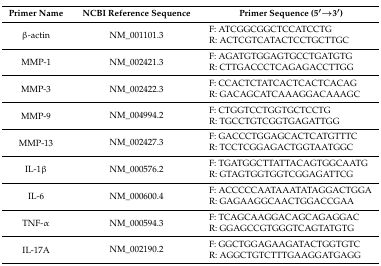
<table><thead><tr><td><b>Primer Name</b></td><td><b>NCBI Reference Sequence</b></td><td><b>Primer Sequence (5′→3′)</b></td></tr></thead><tbody><tr><td rowspan="2">β-actin</td><td rowspan="2">NM_001101.3</td><td>F: ATCGGCGGCTCCATCCTG</td></tr><tr><td>R: ACTCGTCATACTCCTGCTTGC</td></tr><tr><td rowspan="2">MMP-1</td><td rowspan="2">NM_002421.3</td><td>F: AGATGTGGAGTGCCTGATGTG</td></tr><tr><td>R: CTTGACCCTCAGAGACCTTGG</td></tr><tr><td rowspan="2">MMP-3</td><td rowspan="2">NM_002422.3</td><td>F: CCACTCTATCACTCACTCACAG</td></tr><tr><td>R: GACAGCATCAAAGGACAAAGC</td></tr><tr><td rowspan="2">MMP-9</td><td rowspan="2">NM_004994.2</td><td>F: CTGGTCCTGGTGCTCCTG</td></tr><tr><td>R: TGCCTGTCGGTGAGATTGG</td></tr><tr><td rowspan="2">MMP-13</td><td rowspan="2">NM_002427.3</td><td>F: GACCCTGGAGCACTCATGTTTC</td></tr><tr><td>R: TCCTCGGAGACTGGTAATGGC</td></tr><tr><td rowspan="2">IL-1β</td><td rowspan="2">NM_000576.2</td><td>F: TGATGGCTTATTACAGTGGCAATG</td></tr><tr><td>R: GTAGTGGTGGTCGGAGATTCG </td></tr><tr><td rowspan="2">IL-6</td><td rowspan="2">NM_000600.4</td><td>F: ACCCCCAATAAATATAGGACTGGA</td></tr><tr><td>R: GAGAAGGCAACTGGACCGAA</td></tr><tr><td rowspan="2">TNF-α</td><td rowspan="2">NM_000594.3</td><td>F: TCAGCAAGGACAGCAGAGGAC</td></tr><tr><td>R: GGAGCCGTGGGTCAGTATGTG</td></tr><tr><td rowspan="2">IL-17A</td><td rowspan="2">NM_002190.2</td><td>F: GGCTGGAGAAGATACTGGTGTC</td></tr><tr><td>R: AGGCTGTCTTTGAAGGATGAGG</td></tr></tbody></table>